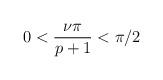
LaTeX: \begin{align*}0<\displaystyle\frac{\nu \pi }{p+1}<\pi /2\end{align*}